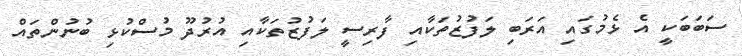
ސަބަބަކީ އެ ޅެމުގައި އަރަބި ލަފުޒުތަކާއި ފާރިސީ ލަފުޒުތަކާއި އުރުދޫ މުސްކުޅި ބުނުންތައް